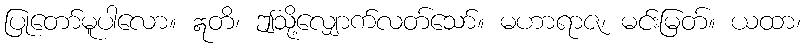
ပြုတော်မူပါလော။ ဣတိ၊ ဤသို့လျှောက်လတ်သော်။ မဟာရာဇ၊ မင်းမြတ်။ ယထာ၊